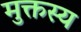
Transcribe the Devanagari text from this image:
मुक्तस्य